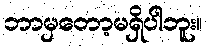
ဘာမှတော့မရှိပါဘူး။